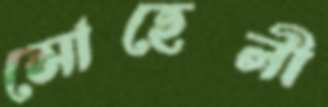
সোহেলী